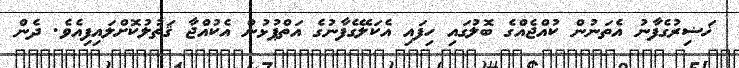
ޚަޟިރުގެފާނު އެތަނުން ކުއްޖެއްގެ ބޮލުގައި ހިފައި އެކަލޭގެފާނުގެ އަތްޕުޅުން އެކުއްޖާ ޤަތުލުކޮށްލައިފިއެވެ. ދެން